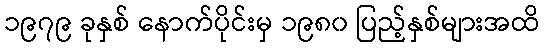
၁၉၇၉ ခုနှစ် နောက်ပိုင်းမှ ၁၉၈၀ ပြည့်နှစ်များအထိ